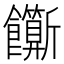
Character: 𬲣